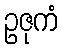
ဥဇုကံ